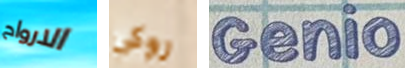
الارواح روكى Genio